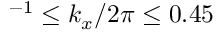
^ { - 1 } \leq k _ { x } / 2 \pi \leq 0 . 4 5